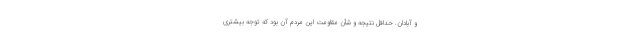
و آبادان. حداقل نتیجه و شأن مقاومت این مردم آن بود که توجه بیشتری